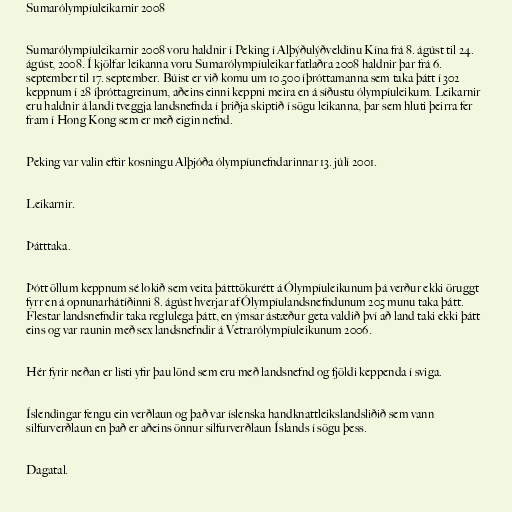
Sumarólympíuleikarnir 2008

Sumarólympíuleikarnir 2008 voru haldnir í Peking í Alþýðulýðveldinu Kína frá 8. ágúst til 24.
ágúst, 2008. Í kjölfar leikanna voru Sumarólympíuleikar fatlaðra 2008 haldnir þar frá 6.
september til 17. september. Búist er við komu um 10.500 íþróttamanna sem taka þátt í 302
keppnum í 28 íþróttagreinum, aðeins einni keppni meira en á síðustu ólympíuleikum. Leikarnir
eru haldnir á landi tveggja landsnefnda í þriðja skiptið í sögu leikanna, þar sem hluti þeirra fer
fram í Hong Kong sem er með eigin nefnd.

Peking var valin eftir kosningu Alþjóða ólympíunefndarinnar 13. júlí 2001.

Leikarnir.

Þátttaka.

Þótt öllum keppnum sé lokið sem veita þátttökurétt á Ólympíuleikunum þá verður ekki öruggt
fyrr en á opnunarhátíðinni 8. ágúst hverjar af Ólympíulandsnefndunum 205 munu taka þátt.
Flestar landsnefndir taka reglulega þátt, en ýmsar ástæður geta valdið því að land taki ekki þátt
eins og var raunin með sex landsnefndir á Vetrarólympíuleikunum 2006.

Hér fyrir neðan er listi yfir þau lönd sem eru með landsnefnd og fjöldi keppenda í sviga.

Íslendingar fengu ein verðlaun og það var íslenska handknattleikslandsliðið sem vann
silfurverðlaun en það er aðeins önnur silfurverðlaun Íslands í sögu þess.

Dagatal.